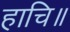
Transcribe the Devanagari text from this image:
हाचि॥